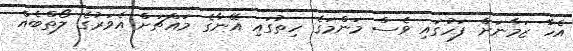
އެހާ ޒަމާނަށް ފަހުގައި ވެސް މަންމަގެ ހިތުގައި އޭނާގެ މައްޗަށް އެވަރުގެ ލޯތްބެއް